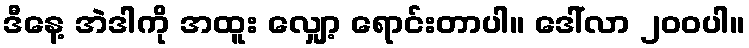
ဒီနေ့ အဲဒါကို အထူး လျှော့ ရောင်းတာပါ။ ဒေါ်လာ ၂၀၀ပါ။